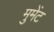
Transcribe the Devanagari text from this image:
मुमेंट